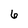
Character: 6